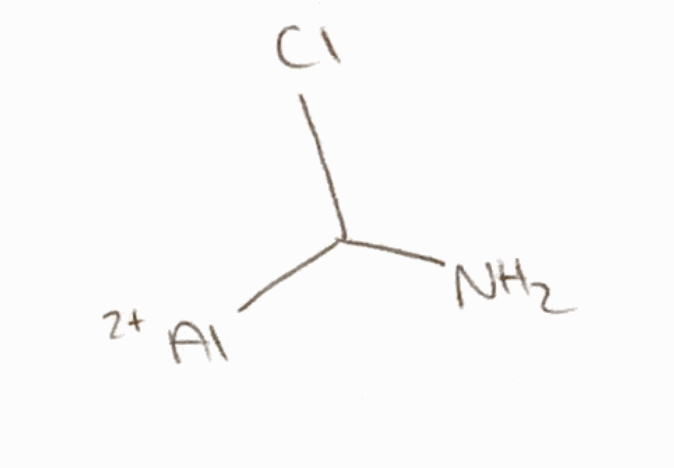
Simplified molecular-input line-entry system (SMILES) notation of the given molecule:
C(N)([Al+2])Cl